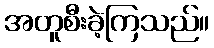
အတူစီးခဲ့ကြသည်။